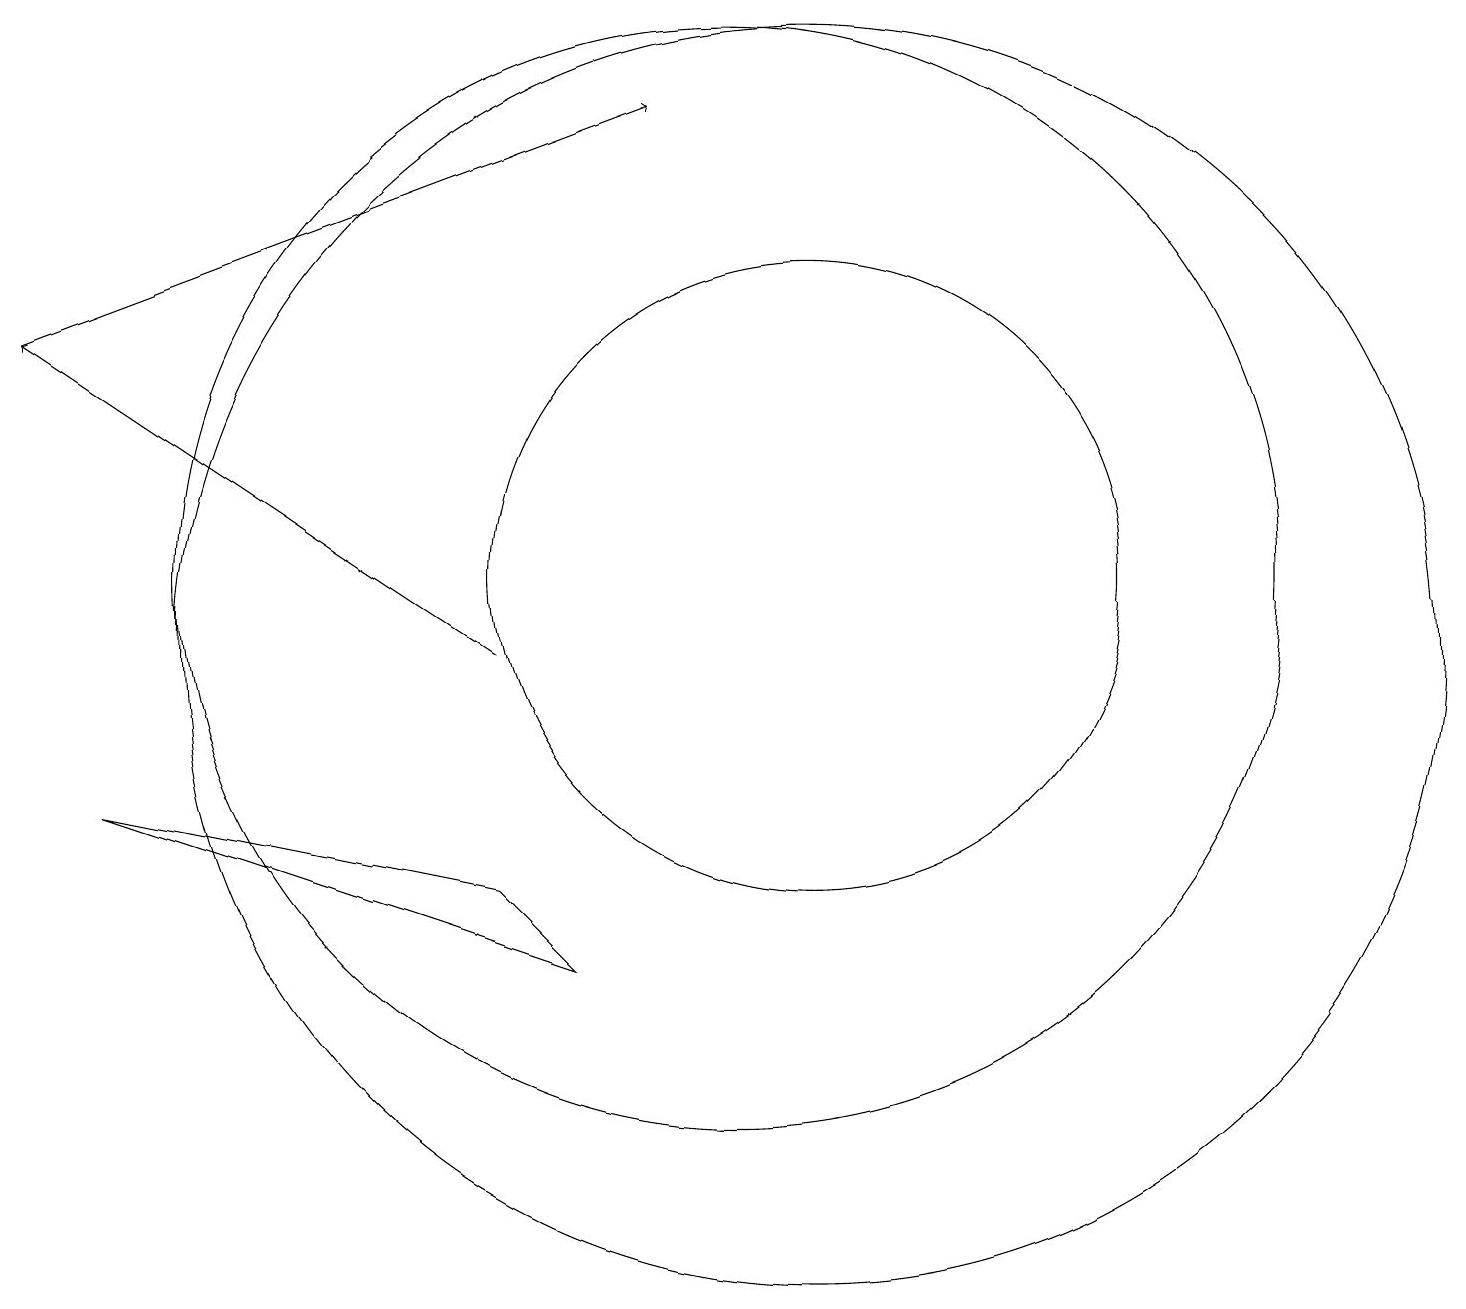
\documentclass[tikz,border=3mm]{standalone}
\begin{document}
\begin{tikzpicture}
\draw (11,11) circle (4);
\draw (10,11) circle (7);
\draw[->] (7,10) -- (1,14);
\draw (11,10) circle (8);
\draw[->] (1,14) -- (9,17);
\draw (8,6) -- (2,8) -- (7,7) -- cycle;
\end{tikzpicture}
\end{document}